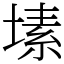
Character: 塐